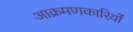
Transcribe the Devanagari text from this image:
आक्रमणकारियोंं